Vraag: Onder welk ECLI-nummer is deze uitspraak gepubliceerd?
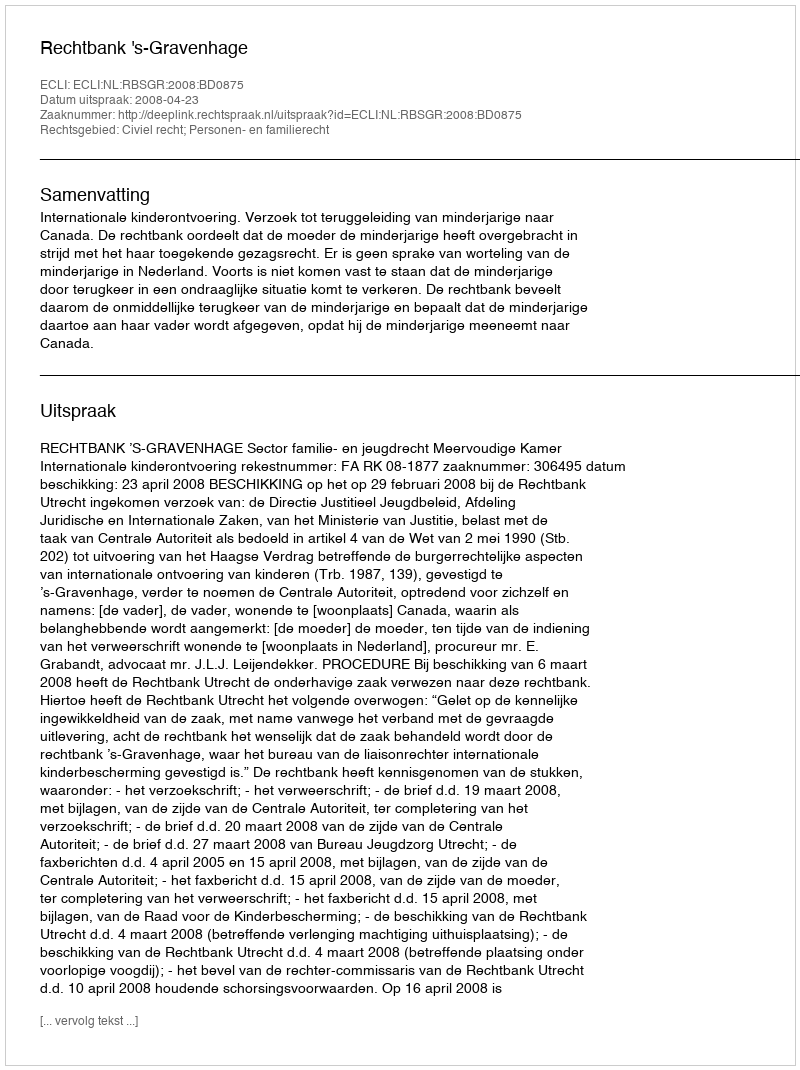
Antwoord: ECLI:NL:RBSGR:2008:BD0875